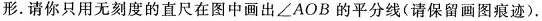
形。请你只用无刻度的直尺在图中画出\angle {AOB} 的平分线(请保留画图痕迹)。